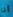
أنا